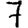
Digit: 7